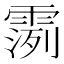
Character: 𫕪